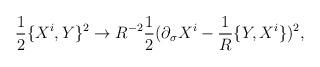
LaTeX: \begin{align*}{1\over 2}\{X^i, Y\}^2 \rightarrow R^{-2}{1\over 2}(\partial_{\sigma} X^i -{1\over R}\{Y, X^i\})^2 ,\end{align*}